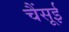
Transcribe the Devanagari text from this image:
चैंसूई